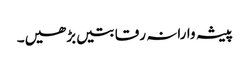
پیشہ وارانہ رقابتیں بڑھیں۔